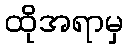
ထိုအရာမှ